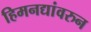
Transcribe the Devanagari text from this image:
हिमनद्यांवरुन